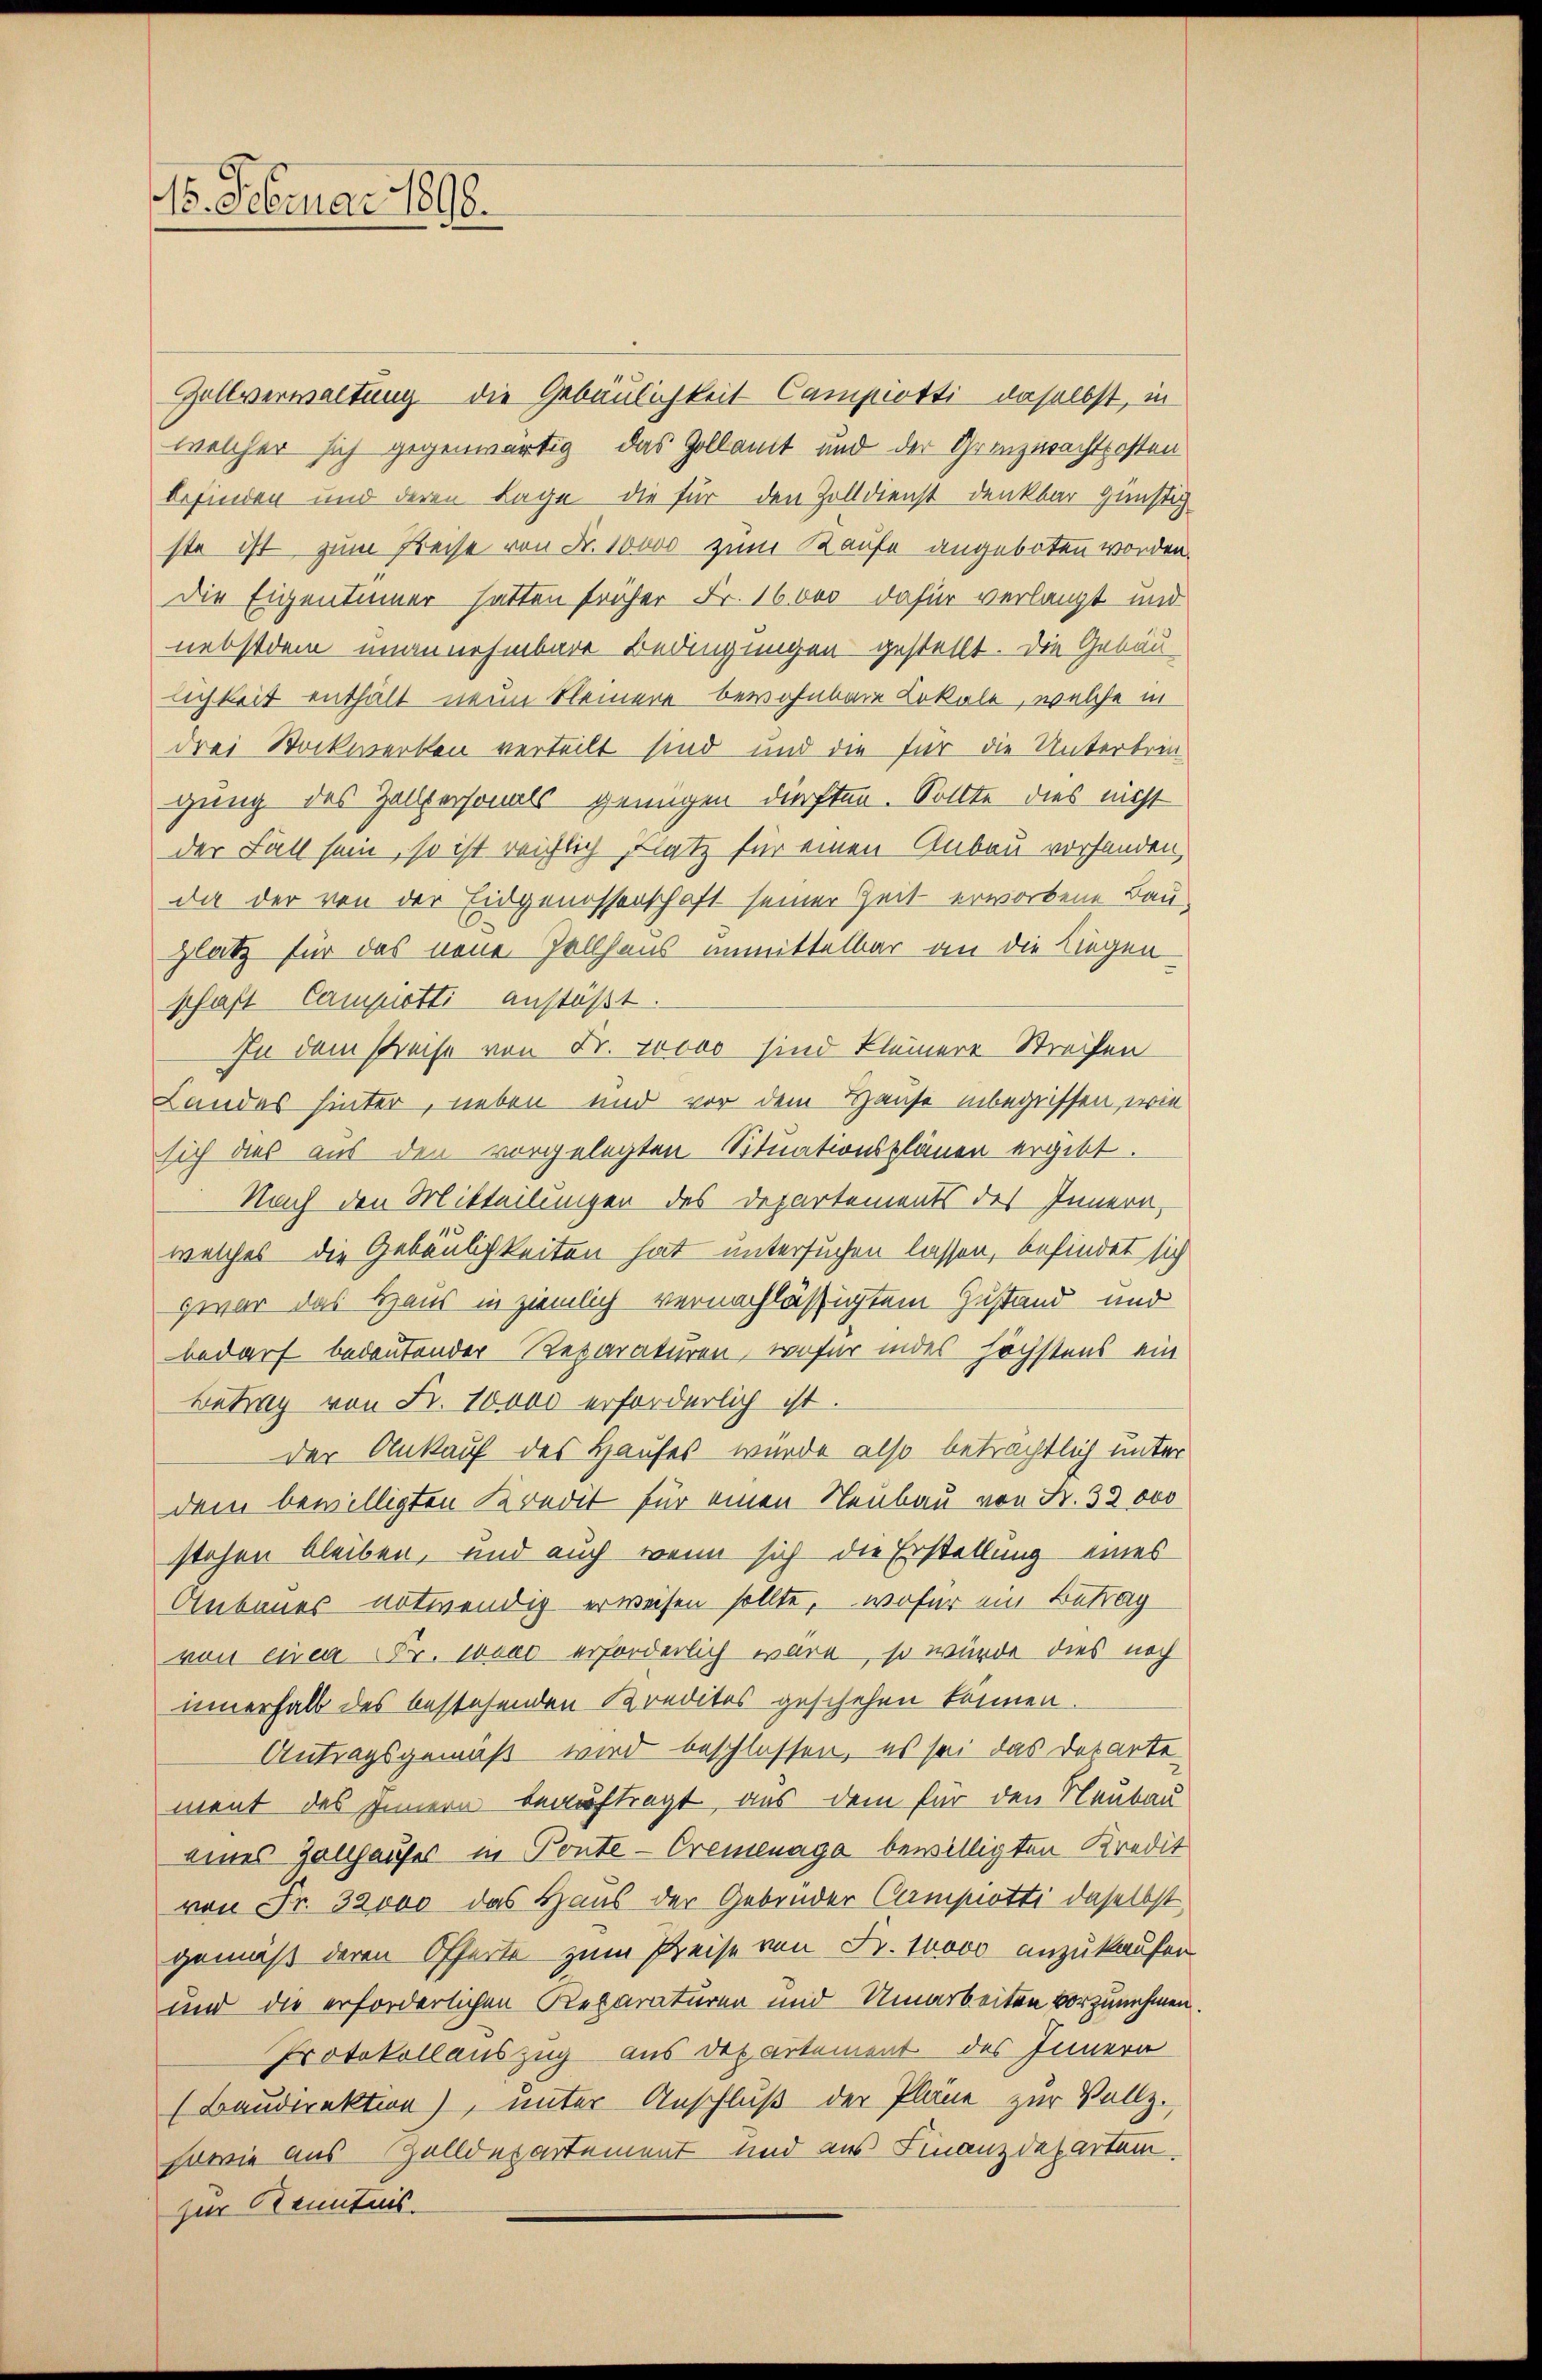
15. Februar 1898.

Zollverwaltung die Gebäulichkeit Campiotti daselbst, in
welcher sich gegenwärtig, das Gollamt und der Grenzwachtposten
befinden und deren Lage die für den Zolldienst denkbar günstig
ste ist zum Preise von Fr. 10000 zum Kaufe angeboten worden.
Die Eigentümer hatten früher Fr. 16000 dafür verlangt und
nebstdem unannehmbare Bedingungen gestellt. Die Gebäu
lichkeit enthält neun kleinere bewohnbare Lokale, welche in
drei Stockwerken verteilt sind und die für die Unterbrin
gung des Zallpersonals genügen dürften. Sollte dies nicht
der Fall sein, so ist reichlich Flatz für einen Anbau vorhanden,
dar der von der Eidgenossenschaft seiner Zeit erworbene Bau-
platz für das neue Zollhaus unmittelbar an die Liegen
schaft Campiotti anstößt.
In dem Preise von Fr. zoooo sind kleinere Streifen
Landes hinter, neben und vor dem Hause inbegriffen, wie
sich dies aus den vorgelegten Situationsplänen ergibt.
Nach den Mitteilungen des Departements des Innern,
welches die Gebäulichkeiten hat untersuchen lassen, befindet sich
zwar das Haus in ziemlich vernachlässigtem Zustand und
bedarf bedeutender Reparaturen, wofür indes höchstens ein
Betrag von Fr. 10000 erforderlich ist.
der Ankauf des Hauses würde also beträchtlich unter
dem bewilligten Kredit für einen Neubau von Fr. 32000
stehen bleiben, und auch wenn sich die Erstellung eines
Anbaues notwendig erweisen sollte, wofür ein Betrag
von einen Fr. wenn erforderlich wäre, so würde dies noch
innerhalb des bestehenden Kreditos geschehen können.
Antragsgemäß wird beschlossen, es sei das Detarte
ment des Innern beauftragt, aus dem für den Neubau
eines Zollhauses in Ponte-Cremenage bewilligten Kredit
von Fr. 32000 das Haus der Gebinder Campiotti daselbst
gemäß deren Offerte zum Preise von Fr. 10000 anzukaufen
und die erforderlichen Reparaturen und Umarbeiten vorzunehmen.
Protokollauszug aus Departement des Innern
(Baudirektion), unter Anschluß der Pläne zur Vollz.
sowie aus Zolldepartement und aus Finanzdepartem
zur Kenntnis.